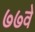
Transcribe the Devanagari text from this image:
७७वे